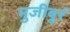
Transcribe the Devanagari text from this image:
मुजीबुर्र